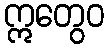
ဣတွေဝ